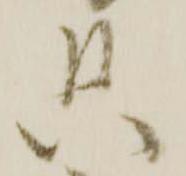
只